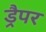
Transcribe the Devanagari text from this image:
ड्रैपर